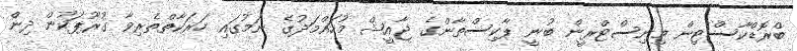
ބްރޮޑްކާސްޓިން މިނިސްޓްރީން ބުނީ ޕާކިސްތާންގެ ޖާއީޝް މުހައްމަދުގެ ނަމުގައި ހަރަކާތްތެރިވާ ގުރޫޕަކުން ދިން